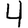
Digit: 4